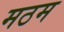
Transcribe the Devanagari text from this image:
मठम